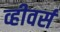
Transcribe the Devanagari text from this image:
व्हीवर्स